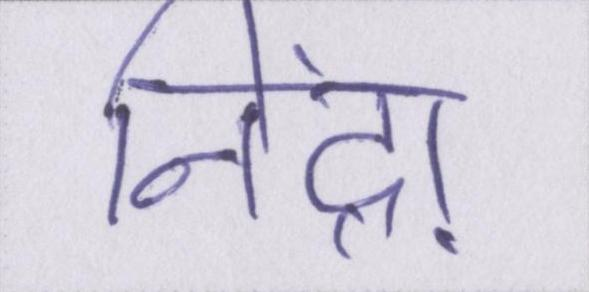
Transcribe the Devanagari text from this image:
निंद्रा